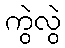
ကွဲလွဲ